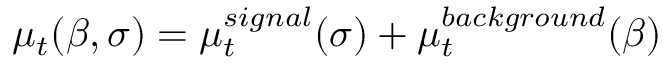
\mu _ { t } ( \beta , \sigma ) = \mu _ { t } ^ { s i g n a l } ( \sigma ) + \mu _ { t } ^ { b a c k g r o u n d } ( \beta )